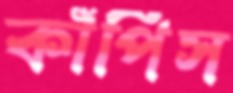
কাঁপিস